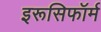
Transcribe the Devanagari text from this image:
इरूसिफॉर्म